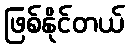
ဖြစ်နိုင်တယ်